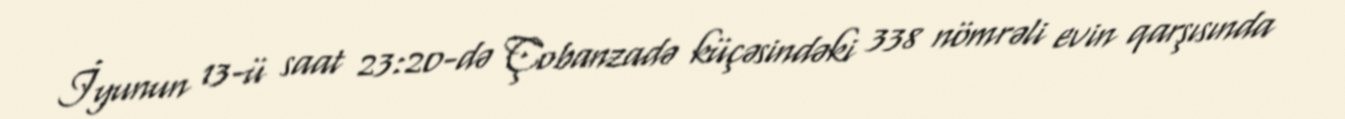
İyunun 13-ü saat 23:20-də Çobanzadə küçəsindəki 338 nömrəli evin qarşısında